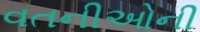
વતનીઓની